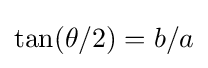
\tan(\theta /2)=b/a